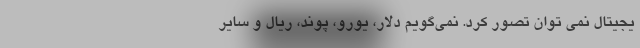
یجیتال نمی توان تصور کرد. نمی‌گویم دلار، یورو، پوند، ریال و سایر